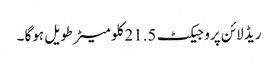
ریڈ لائن پروجیکٹ 21.5کلو میٹر طویل ہوگا ۔